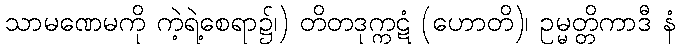
သာမဏေမကို ကဲ့ရဲ့စေရာ၌၊) တိတဒုက္ကဋံ (ဟောတိ)၊ ဥမ္မတ္တိကာဒီ နံ